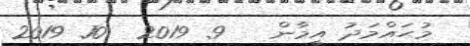
މުޙައްމަދު އީމާން   9